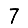
Digit: 7